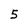
Character: 5